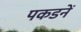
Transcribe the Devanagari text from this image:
पकडनें